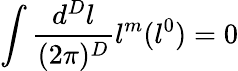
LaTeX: \int\frac{d^{D}l}{(2\pi)^{D}}l^{m}(l^{0})=0